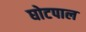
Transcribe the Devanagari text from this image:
घोटपाल